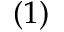
( 1 )